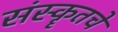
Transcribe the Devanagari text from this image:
संस्कॄतचे